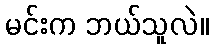
မင်းက ဘယ်သူလဲ။